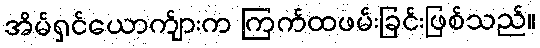
အိမ်ရှင်ယောက်ျားက ကြက်ထဖမ်းခြင်းဖြစ်သည်။